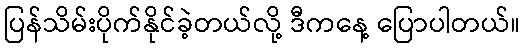
ပြန်သိမ်းပိုက်နိုင်ခဲ့တယ်လို့ ဒီကနေ့ ပြောပါတယ်။